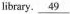
library.\underline{49}